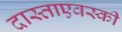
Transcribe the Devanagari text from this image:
दास्ताएवस्की